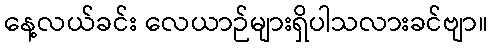
နေ့လယ်ခင်း လေယာဉ်များရှိပါသလားခင်ဗျာ။